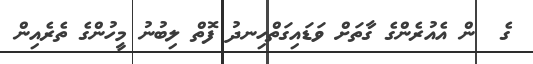
ގެ  ން އެއުރެންގެ ގާތަށް ވަޑައިގަތްހިނދު ފޮތް ލިބުނު މީހުންގެ ތެރެއިން